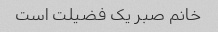
خانم صبر یک فضیلت است